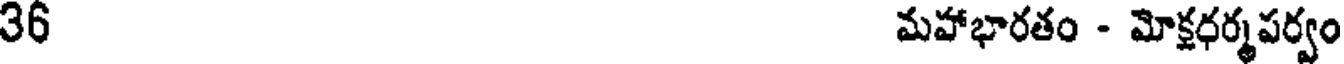
36 మహాభారతం - మోక్షధర్మపర్వం